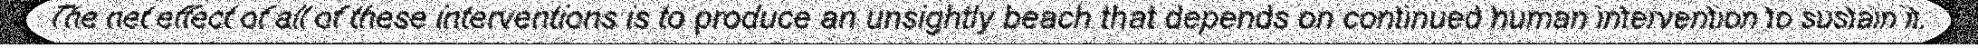
The net effect of all of these interventions is to produce an unsightly beach that depends on continued human intervention to sustain it.